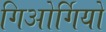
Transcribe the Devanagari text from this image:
गिओर्गियो